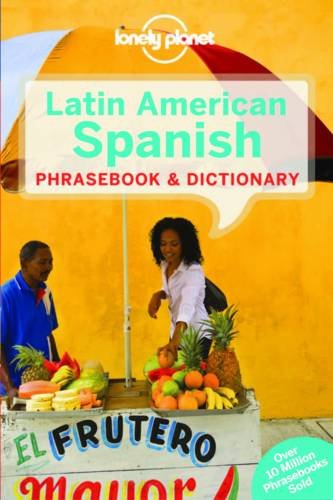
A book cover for Lonely Planet Latin American Spanish Phrasebook & Dictionary (Lonely Planet Phrasebook and Dictionary); Lonely Planet; Travel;